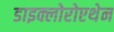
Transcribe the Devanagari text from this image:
डाइक्लोरोएथेन